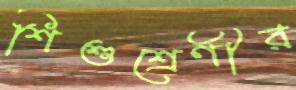
শিশুশ্রেণীর